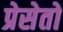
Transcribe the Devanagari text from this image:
प्रेसेतो